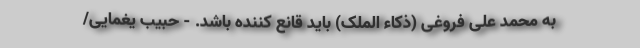
به محمد علی فروغی (ذکاء الملک) باید قانع کننده باشد. - حبیب یغمایی/